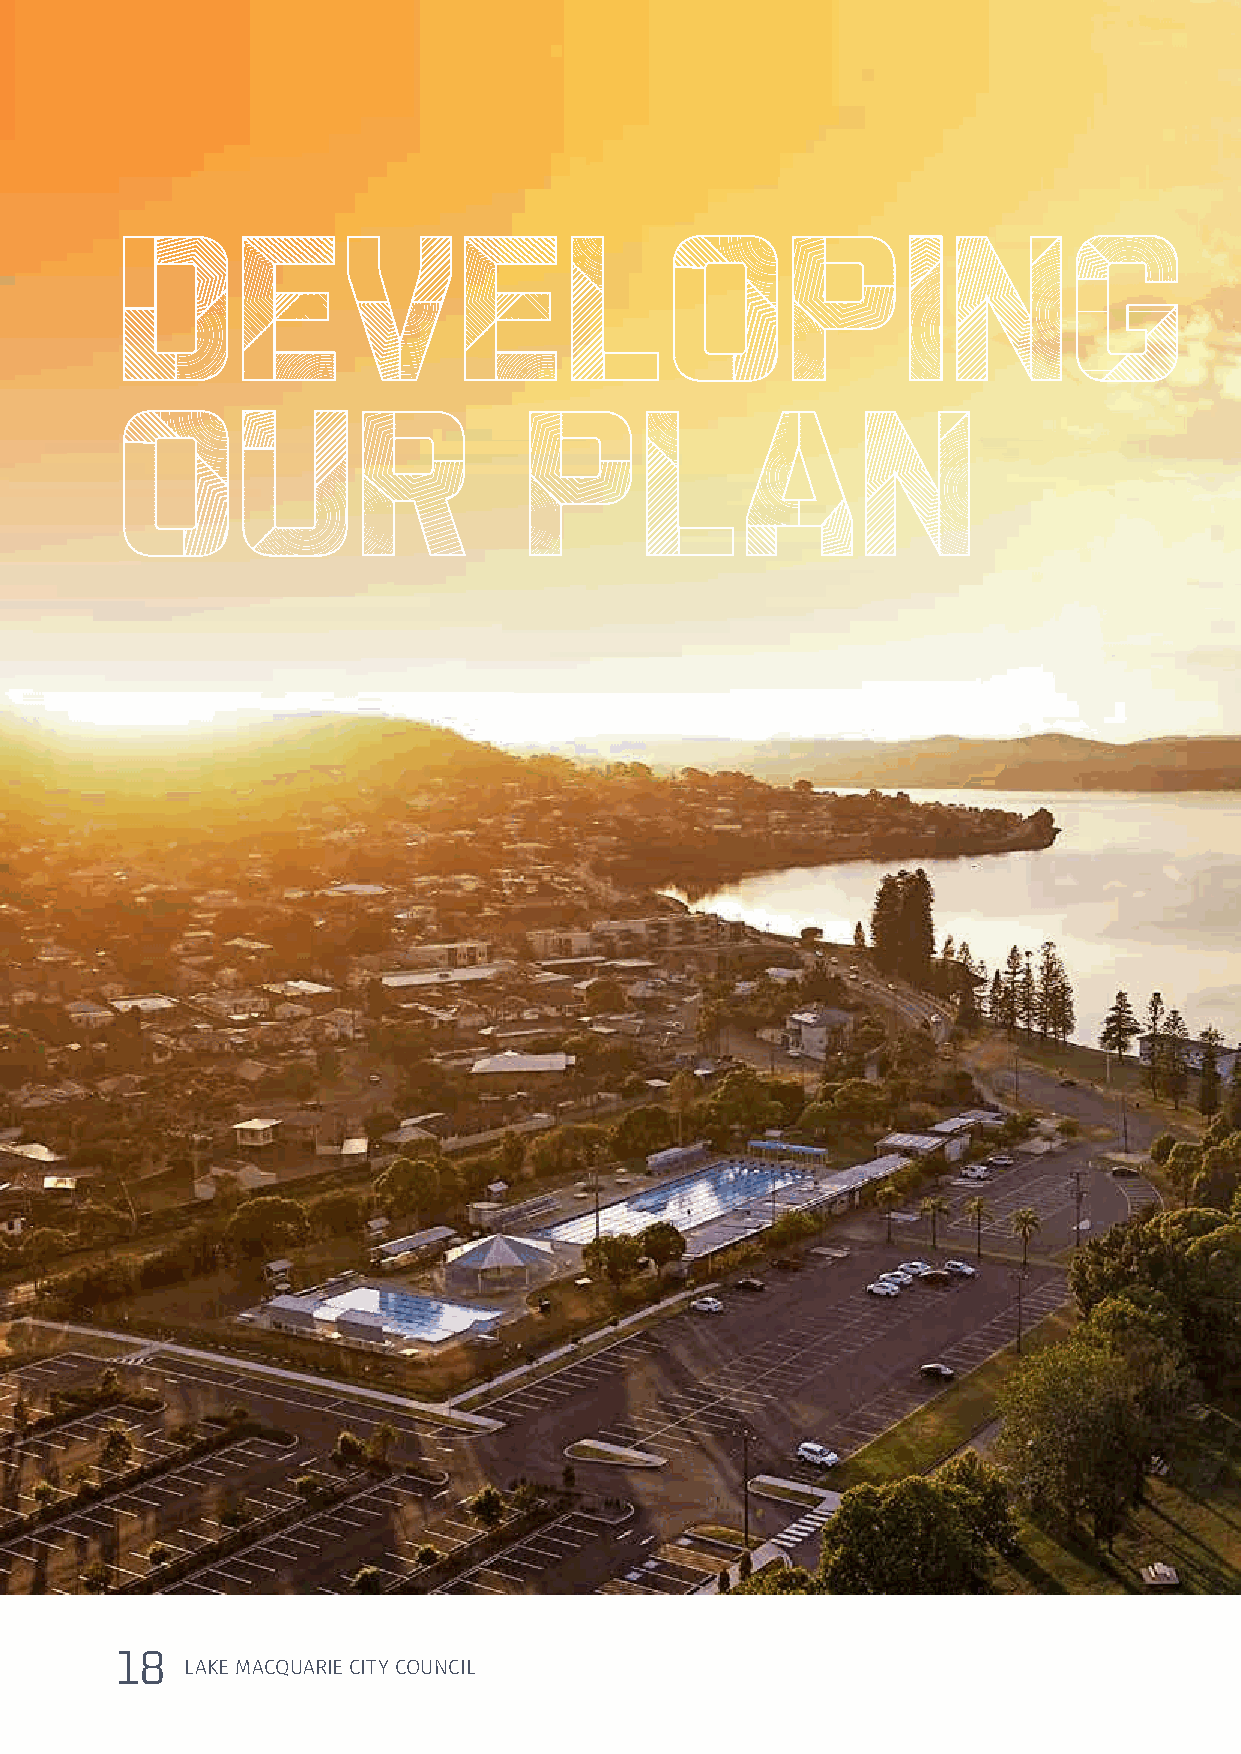
DEVELOPING
 OUR                        PLAN
 18
 LAKE MACQUARIE CITY COUNCIL